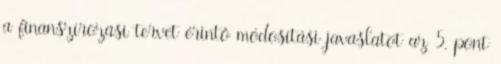
a finanszírozási tervet érintő módosítási javaslatot az 5. pont